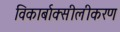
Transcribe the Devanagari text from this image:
विकार्बाक्सीलीकरण